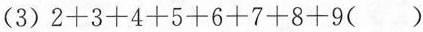
(3)$$2 + 3 + 4 + 5 + 6 + 7 + 8 + 9 ( )$$